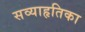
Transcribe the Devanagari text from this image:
सव्याहृतिका